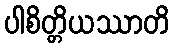
ပါစိတ္တိယဿာတိ